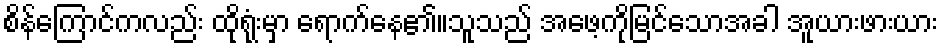
စိန်ကြောင်ကလည်း ထိုရုံးမှာ ရောက်နေ၏။သူသည် အဖေ့ကိုမြင်သောအခါ အူယားဖားယား